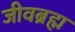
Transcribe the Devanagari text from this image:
जीवब्रह्म